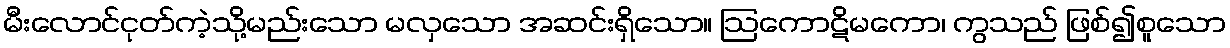
မီးလောင်ငုတ်ကဲ့သို့မည်းသော မလှသော အဆင်းရှိသော။ ဩကောဋိမကော၊ ကွသည် ဖြစ်၍စူသော